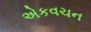
એકવચન